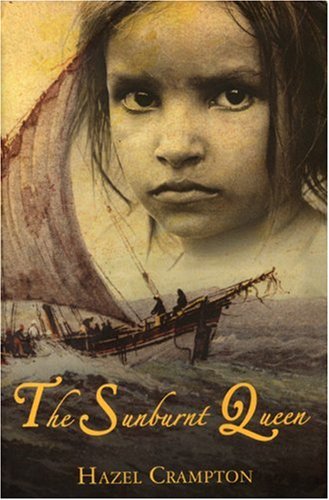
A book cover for The Sunburnt Queen; Hazel Crampton; Biographies & Memoirs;